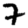
Digit: 7